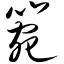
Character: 箢